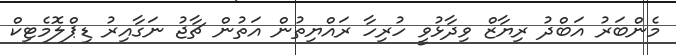
މެންބަރު އަބްދު ރިޔާޒް ވިދާޅުވީ ހުރިހާ ރައްޔިތުން އަތުން ޗާޖު ނަގާއިރު ޑިޕްލޮމެޓިކް